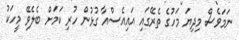
ނަމަވެސް މިދިޔަ މަހުގެ ތެރޭގައި އައިއެސްއާ ގުޅުން ހުރި ކަމަށް ބެލެވޭ މީހަކު